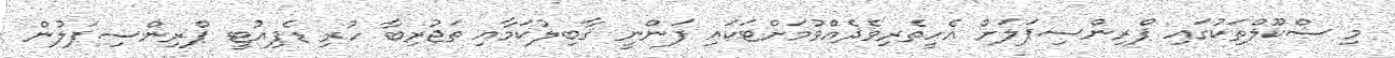
މި ސްކޫލްތަކުގައި ޕްރިންސިޕަލަށް އެހީތެރިވެދެއްވުމަށްޓަކައި ފަންނީ ޤާބިލުކަމާއި ތަޖުރިބާ ހުރި ޑެޕިއުޓީ ޕްރިންސިޕަލުން